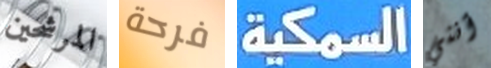
المرشحين فرحة السمكية أنني